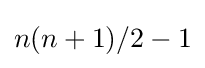
n(n+1)/2-1